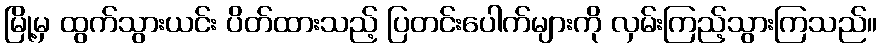
မြို့မှ ထွက်သွားယင်း ပိတ်ထားသည့် ပြတင်းပေါက်များကို လှမ်းကြည့်သွားကြသည်။